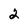
Character: 2